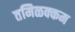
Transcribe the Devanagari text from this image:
तमिळक्कम